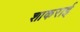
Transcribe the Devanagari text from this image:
शाकराई